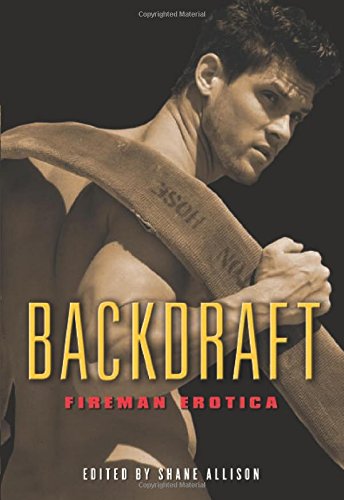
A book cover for Backdraft: Fireman Erotica; Romance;